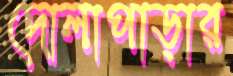
দোলাপাড়ার